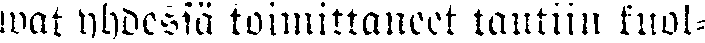
wat yhdessä toimittaneet tautiin kuol-